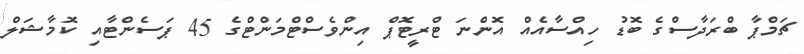
ޗަމްޕާ ބްރަދާސްގެ ބޮޑު ހިއްސާއެއް އޮންނަ ޓްރީޓޮޕް އިންވެސްޓްމަންޓްގެ 45 ޕަސެންޓާއި ކޮމާޝަލް